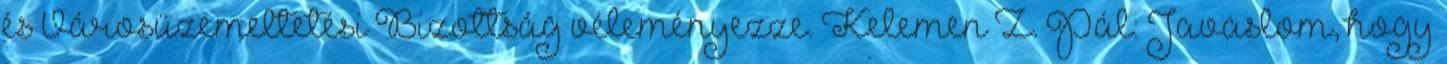
és Városüzemeltetési Bizottság véleményezze. Kelemen Z. Pál: Javaslom, hogy